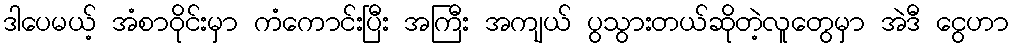
ဒါပေမယ့် အံစာဝိုင်းမှာ ကံကောင်းပြီး အကြီး အကျယ် ပွသွားတယ်ဆိုတဲ့လူတွေမှာ အဲဒီ ငွေဟာ